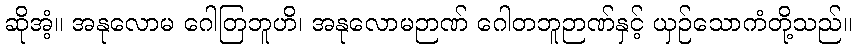
ဆိုအံ့။ အနုလောမ ဂေါတြဘူဟိ၊ အနုလောမဉာဏ် ဂေါတဘူဉာဏ်နှင့် ယှဉ်သောကံတို့သည်။